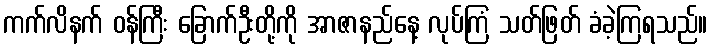
ကက်လိနက် ဝန်ကြီး ခြောက်ဦးတို့ကို အာဇာနည်နေ့ လုပ်ကြံ သတ်ဖြတ် ခံခဲ့ကြရသည်။